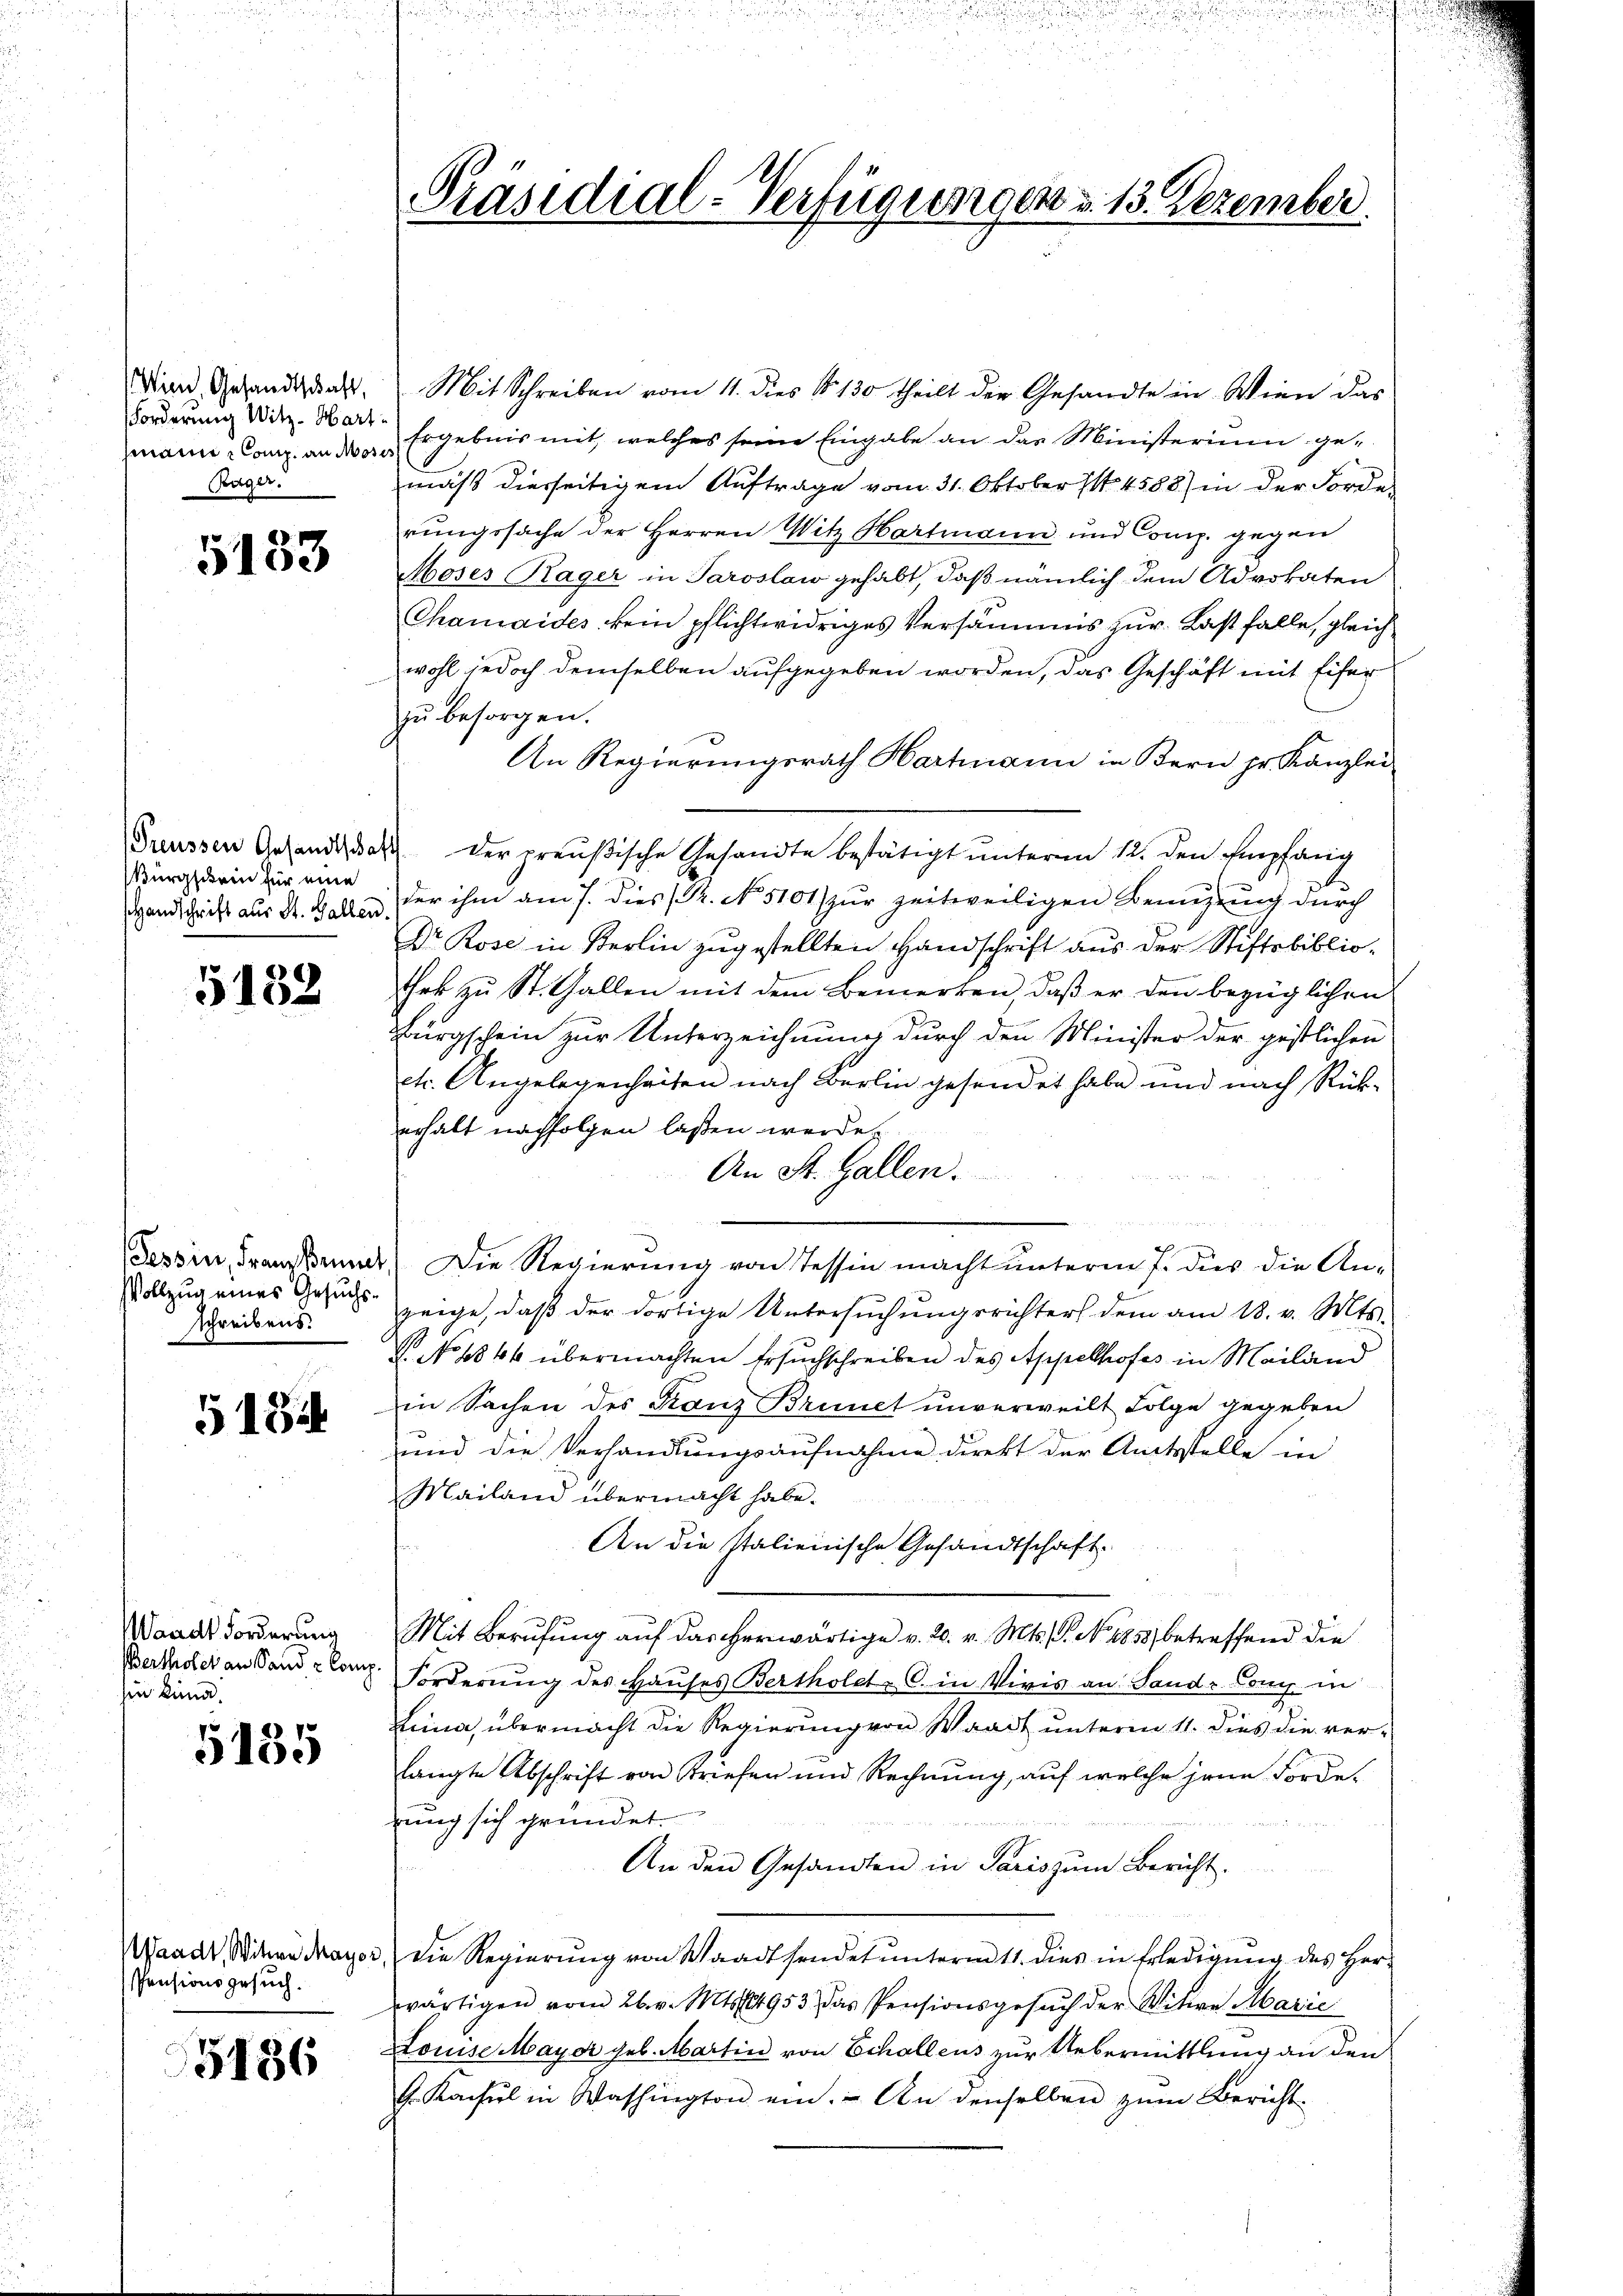
Wien, Gesandtschaft,
Forderung Witz-Hart
snain-Comp. an Moses
Bager.

5133

Bürgschein für eine
Handschrift aus St. Gallen.

5182

Vollzug eines Gesuchs-
schreibens.

5184

Waadt Forderung
Bertholet an Sand & Comp
sin könne.

5135

Pensionsgesuch.

5136

Präsidial-Verfügungen u. 13. Dezember.

2

Mit Schreiben vom 11. dies No 130 theilt die Gesandte in Wien das
Ergebnis mit, welches seine Eingabe an das Ministerium ge-
mäß diesseitigem Auftrage vom 31. Oktober 1. 4588) in der Forderungssache der Herren Witz Hartmann und Comp. gegen
Moses Rager in Paroslaw gehabt, daß nämlich dem Advokaten
Chamaides kein pflichtwidriges Versäumis zur Last falle, gleich
wohl jedoch demselben aufgegeben worden, das Geschäft mit Eifer
zu besorgen.
An Regierŭngsrath Hartmann in Bern pr. Kanzlei-
Preussen Gesandidat der preußische Gesandte bestätigt unterm 12. den Empfang
der ihm am 7. dies (T. No 5101/ zŭr zeitweiligen Beizŭng dŭrch
Dr Rose in Sterlin zugestellten Handschrift aus der Stiftsbibliothek zŭ St. Gallen mit dem Bemerken, daβ er den bezüglichen
Bürgschein zur Unterzeichnung durch den Minister der gestlichen
etc. Angelegenheiten nach Berlin gesendet habe und nach Rück-
erhalt nachfolgen laßen werde.
An St. Gallen.
.
au
Tessin, Franzkant. Die Regierung von Tessin macht unterm 7. das die Anzeige, daß der dortige Untersuchungsrichter dem am 18. v. Mts.
V No 1846 übermachten Ersuchschreiben des Appelhofes in Mailand
in Sachen des Ganz Brinet unverweilt Folge gegeben
und die Verhandlungsaufnahme direkt der Amtsstelle in
Mailand übermacht habe.
An die Italienische Gesandtschaft.
Mit Berufung auf das herwärtige v. 20. v. Mts. S. No 1858 betreffend die
 Forderung des Hauses Bertholet C. in Vivis an Sand Comp. in
Lina, übermacht die Regierung von Waadt unterm 11. dies die ver-
langte Abschrift von Briefen und Rechnung, auf welche jene Fordezung sich gründet.

An den Gesandten in Paris zŭm Bericht.
Waadt, Witwe Fragen, die Regierung von Waadtsendet unterm 11. dies in Erledigung des Herwärtigen vom 26. v. Mts. 14953, das Pensionsgesŭch der Witwe Marie
Louise Mayer geb. Martin von Echallens zur Uebermittlung an den
G. Konsul in Washington ein. An denselben zum Bericht